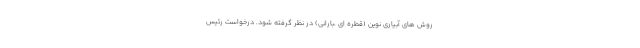
روش های آبیاری نوین (قطره ای ،بارانی) در نظر گرفته شود. درخواست رئیس